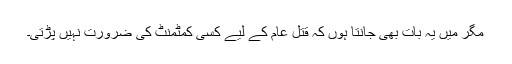
مگر میں یہ بات بھی جانتا ہوں کہ قتل عام کے لیے کسی کمٹمنٹ کی ضرورت نہیں پڑتی۔